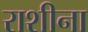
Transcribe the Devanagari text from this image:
राशीना